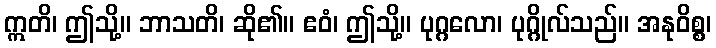
ဣတိ၊ ဤသို့။ ဘာသတိ၊ ဆို၏။ ဧဝံ၊ ဤသို့။ ပုဂ္ဂလော၊ ပုဂ္ဂိုလ်သည်။ အနုဝိစ္စ၊